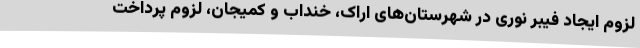
لزوم ایجاد فیبر نوری در شهرستان‌های اراک، خنداب و کمیجان، لزوم پرداخت